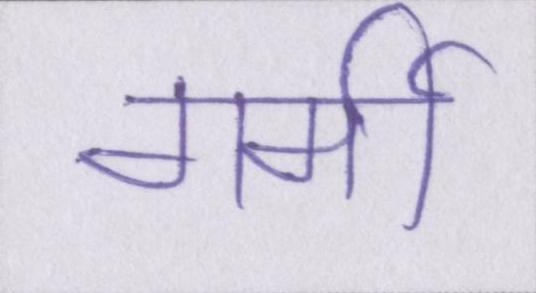
गर्मी